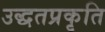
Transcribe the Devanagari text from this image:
उद्धतप्रकृति